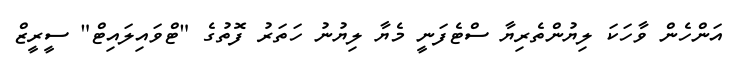
އަންހެން ވާހަކަ ލިޔުންތެރިޔާ ސްޓެފަނީ މެޔާ ލިޔުނު ހަތަރު ފޮތުގެ "ޓްވައިލައިޓް" ސީރީޒް